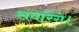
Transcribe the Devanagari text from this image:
संवारेंगे।